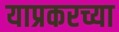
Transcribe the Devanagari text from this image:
याप्रकरच्या